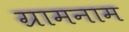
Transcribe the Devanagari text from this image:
ग्रामनाम